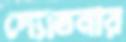
দ্যোতনার